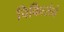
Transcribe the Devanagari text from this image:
चिकित्सेने